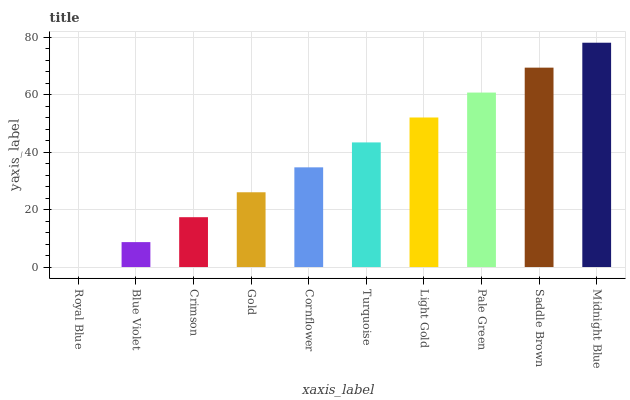
| xaxis_label | bars |
 | --- | --- |
 | Royal Blue | 0 |
 | Blue Violet | 8.67 |
 | Crimson | 17.3 |
 | Gold | 26 |
 | Cornflower | 34.7 |
 | Turquoise | 43.4 |
 | Light Gold | 52 |
 | Pale Green | 60.7 |
 | Saddle Brown | 69.4 |
 | Midnight Blue | 78 |